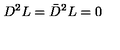
D ^ { 2 } L = \bar { D } ^ { 2 } L = 0